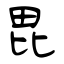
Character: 毘